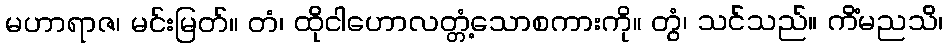
မဟာရာဇ၊ မင်းမြတ်။ တံ၊ ထိုငါဟောလတ္တံ့သောစကားကို။ တွံ၊ သင်သည်။ ကိံမညသိ၊